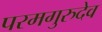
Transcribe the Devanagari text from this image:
परमगुरुदेव